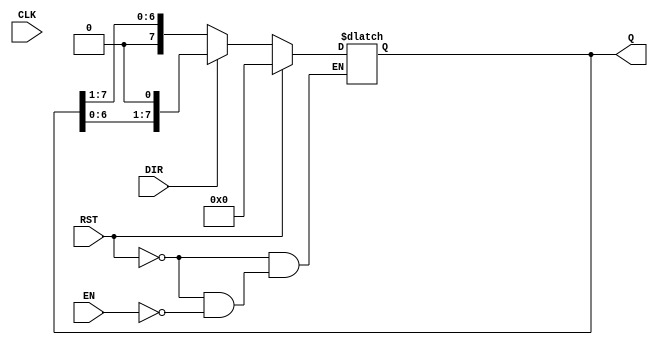
module async_shift_counter (
    input wire CLK,            // Clock input
    input wire RST,            // Asynchronous reset
    input wire DIR,            // Shift direction (0 for right, 1 for left)
    input wire EN,             // Enable signal
    output reg [N-1:0] Q       // Counter output
);
    
    parameter N = 8;  // Width of the counter (number of bits)

    // Asynchronous reset
    always @* begin
        if (RST) begin
            Q = 0;  // Reset counter to zero
        end 
        else if (EN) begin
            // Shift logic when enabled
            if (DIR) begin
                // Left shift
                Q = {Q[N-2:0], 1'b0};  // Shift left and insert 0 at LSB
            end else begin
                // Right shift
                Q = {1'b0, Q[N-1:1]};  // Shift right and insert 0 at MSB
            end
        end
    end

    // Synchronous behavior on rising edge of the clock
    always @(posedge CLK) begin
        if (!RST) begin
            // Update the counter on the clock edge when not reset
            // The logic is managed in the combinational block above
        end
    end

endmodule